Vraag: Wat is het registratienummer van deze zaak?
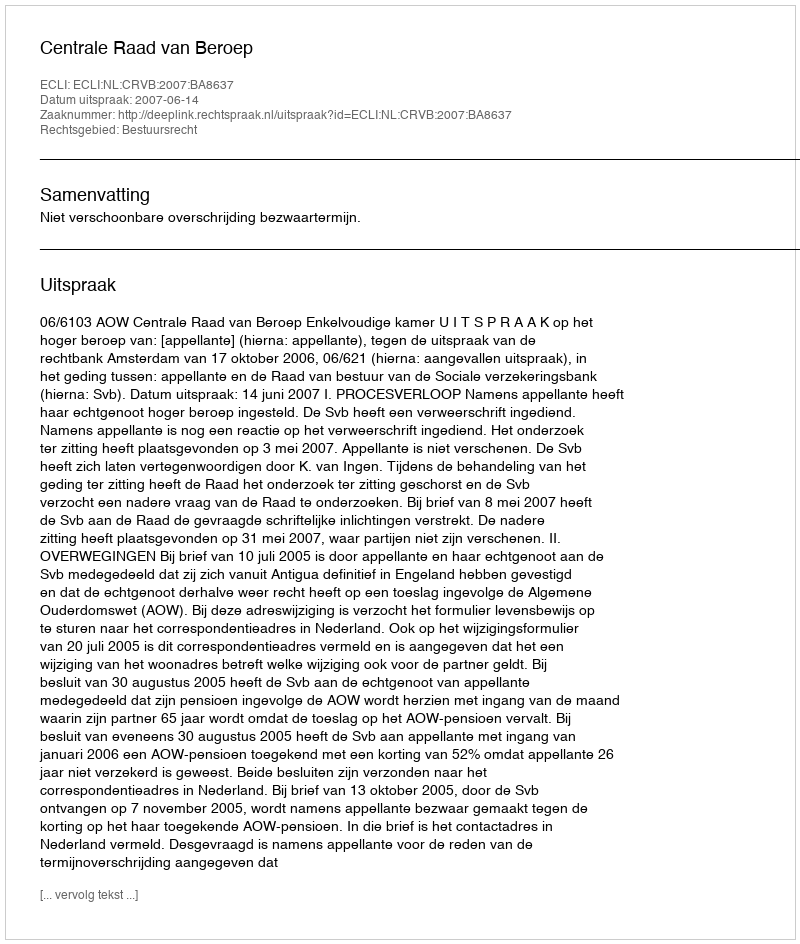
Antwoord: http://deeplink.rechtspraak.nl/uitspraak?id=ECLI:NL:CRVB:2007:BA8637